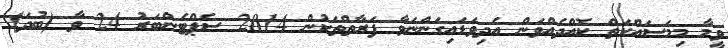
ވީމާ މިމަސައްކަތް ކޮއްދެއްވަން އެދިވަޑައިގަންނަވާ ފަރާތްތަކުން 2014 ސެޕްޓެންބަރު 24 ވާ (ބުދަ)